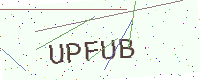
Text: UPFUB